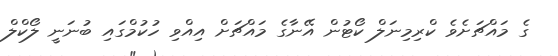
ގެ މައްޗަށެވެ ކްރިމިނަލް ކޯޓުން އޭނާގެ މައްޗަށް އިއްވި ހުކުމްގައި ބުނަނީ ލޯކްލް